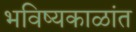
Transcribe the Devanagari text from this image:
भविष्यकाळांत